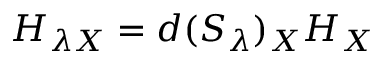
H _ { \lambda X } = d ( S _ { \lambda } ) _ { X } H _ { X }